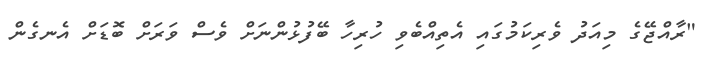
"ރާއްޖޭގެ މިއަދު ވެރިކަމުގައި އެތިއްބެވި ހުރިހާ ބޭފުޅުންނަށް ވެސް ވަރަށް ބޮޑަށް އެނގެން